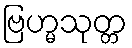
ဗြဟ္မသုတ္တ